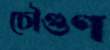
চৌগুণ